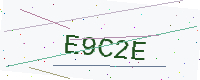
Text: E9C2E